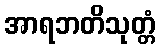
အာရဘတိသုတ္တံ